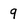
Character: 9